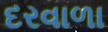
દરવાળા